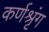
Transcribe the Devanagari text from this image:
कर्णश्रृंग